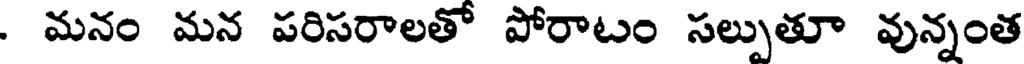
. మనం మన పరిసరాలతో పోరాటం సల్పుతూ వున్నంత